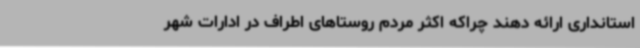
استانداری ارائه دهند چراکه اکثر مردم روستاهای اطراف در ادارات شهر